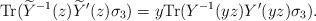
LaTeX: \begin{align*}\mathrm{Tr}(\widetilde{Y}^{-1}(z)\widetilde{Y}^{\prime}(z)\sigma_3) = y\mathrm{Tr}(Y^{-1}(y z)Y^{\prime}(y z)\sigma_3).\end{align*}